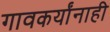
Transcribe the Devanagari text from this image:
गावकर्यांनाही